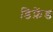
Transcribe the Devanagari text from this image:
डिफ़ेंड